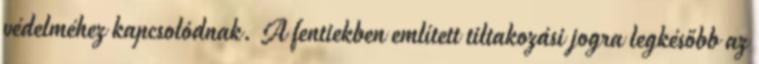
védelméhez kapcsolódnak. A fentiekben említett tiltakozási jogra legkésőbb az